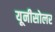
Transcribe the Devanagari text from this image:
यूनीसोलर